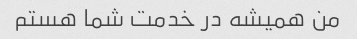
من همیشه در خدمت شما هستم